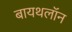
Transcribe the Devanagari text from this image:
बायथलॉन